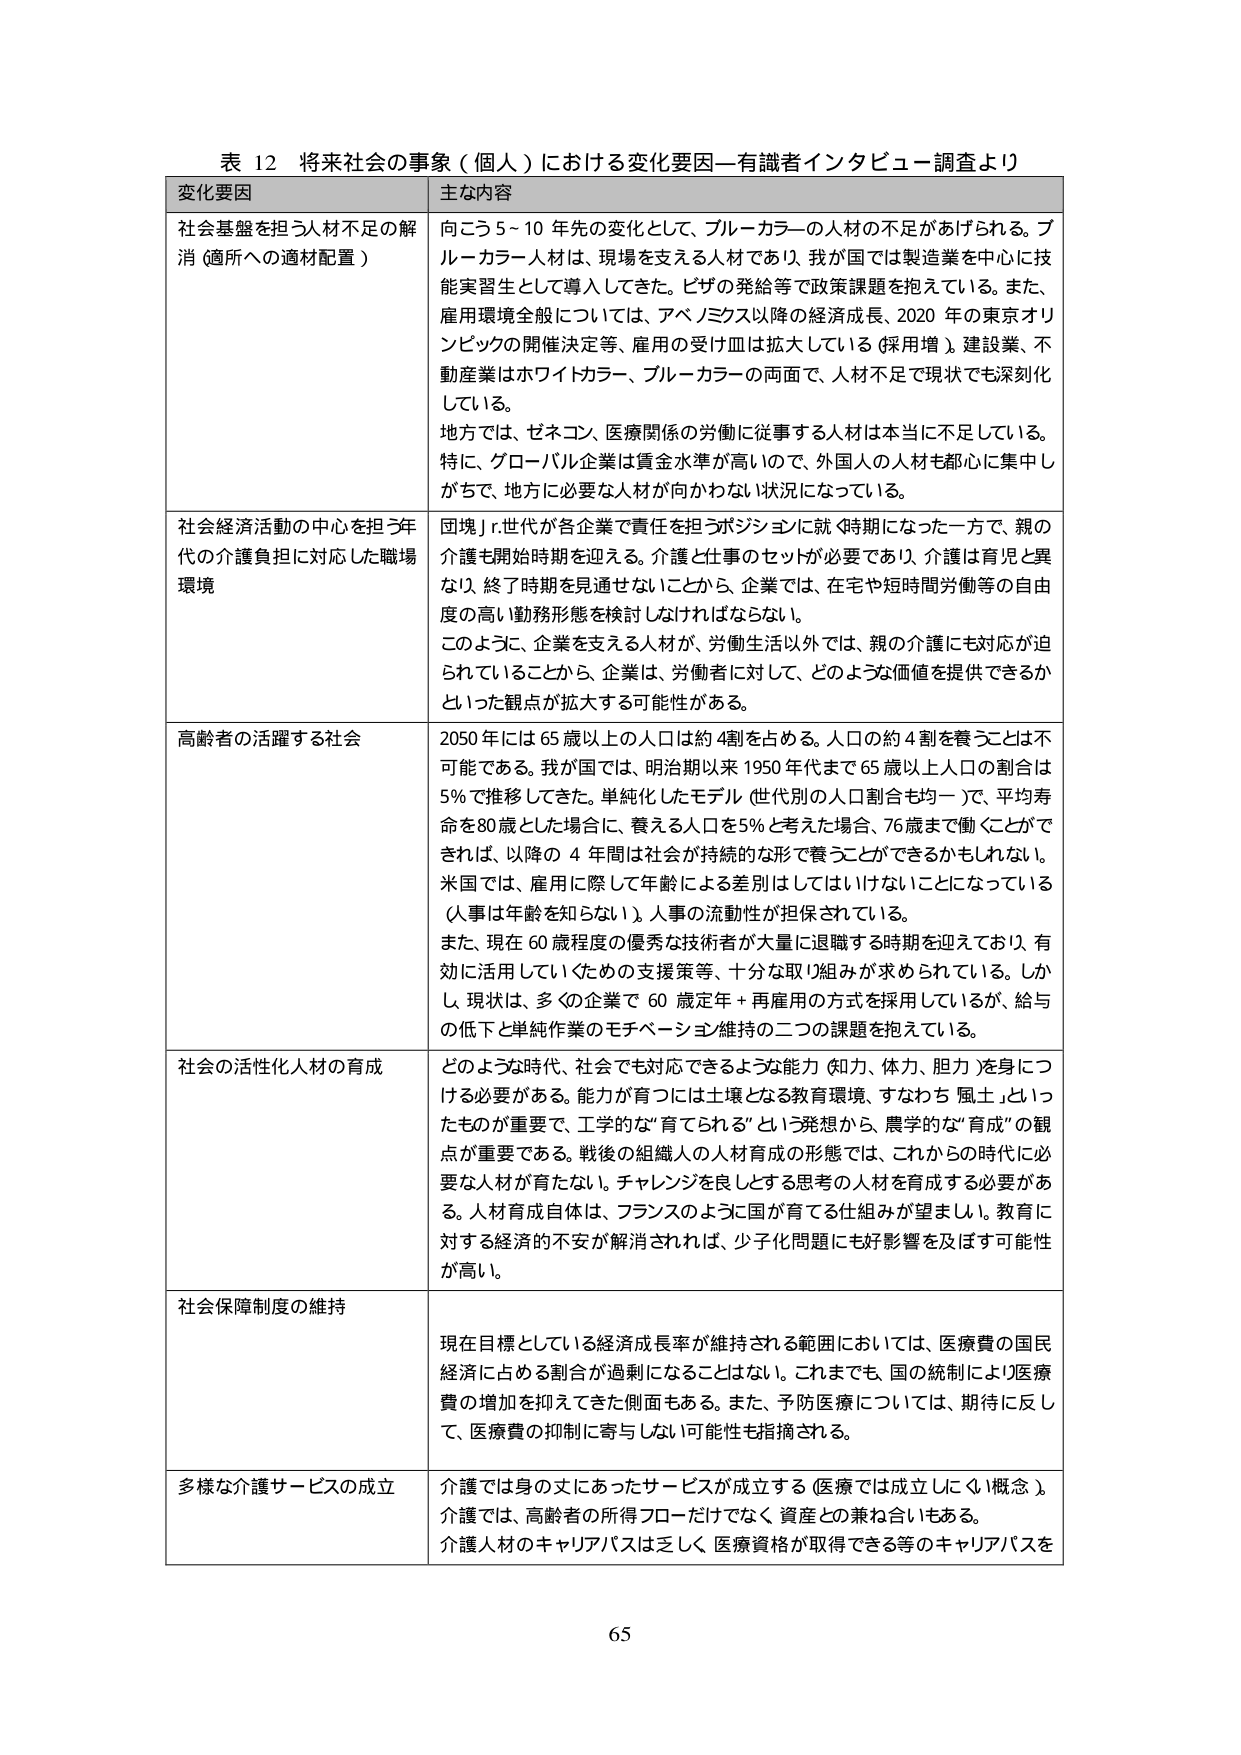
表 12 将来社会の事象（個人）における変化要因—有識者インタビュー調査より

変化要因 主な内容

社会基盤を担う人材不足の解消（適所への適材配置）
向こう5～10年先の変化として、ブルーカラーの人材の不足があげられる。ブルーカラー人材は、現場を支える人材であり、我が国では製造業を中心に技能実習生として導入してきた。ビザの発給等で政策課題を抱えている。また、雇用環境全般については、アベノミクス以降の経済成長、2020年の東京オリンピックの開催決定等、雇用の受け皿は拡大している（採用増）。建設業、不動産業はホワイトカラー、ブルーカラーの両面で、人材不足で現状でも深刻化している。
地方では、ゼネコン、医療関係の労働に従事する人材は本当に不足している。特に、グローバル企業は賃金水準が高いので、外国人の人材も都心に集中しがちで、地方に必要な人材が向かわない状況になっている。

社会経済活動の中心を担う年代の介護負担に対応した職場環境
団塊Jr.世代が各企業で責任を担うポジションに就く時期になった一方で、親の介護も開始時期を迎える。介護と仕事のセットが必要であり、介護は育児と異なり、終了時期を見通せないことから、企業では、在宅や短時間労働等の自由度の高い勤務形態を検討しなければならない。
このように、企業を支える人材が、労働生活以外では、親の介護にも対応が迫られていることから、企業は、労働者に対して、どのような価値を提供できるかといった観点が拡大する可能性がある。

高齢者の活躍する社会
2050年には65歳以上の人口は約4割を占める。人口の約4割を養うことは不可能である。我が国では、明治期以来1950年代まで65歳以上人口の割合は5%で推移してきた。単純化したモデル（世代別の人口割合も同一）で、平均寿命を80歳とした場合に、養える人口を5%と考えた場合、76歳まで働くことができれば、以降の4年間は社会が持続的な形で養うことができるかもしれない。
米国では、雇用に際して年齢による差別はしてはいけないことになっている（人事は年齢を知らない）。人事の流動性が担保されている。
また、現在60歳程度の優秀な技術者が大量に退職する時期を迎えており、有効に活用していくための支援策等、十分な取り組みが求められている。しかし、現状は、多くの企業で60歳定年＋再雇用の方式を採用しているが、給与の低下と単純作業のモチベーション維持の二つの課題を抱えている。

社会の活性化人材の育成
どのような時代、社会でも対応できるような能力（知力、体力、胆力）を身につける必要がある。能力が育つには土壌となる教育環境、すなわち「風土」といったものが重要で、工学的な「育てられる」という発想から、農学的な「育成」の観点が重要である。戦後の組織人の人材育成の形態では、これからの時代に必要な人材が育たない。チャレンジを良しとする思考の人材を育成する必要がある。人材育成自体は、フランスのように国が育てる仕組みが望ましい。教育に対する経済的不安が解消されれば、少子化問題にも好影響を及ぼす可能性が高い。

社会保障制度の維持
現在目標としている経済成長率が維持される範囲においては、医療費の国民経済に占める割合が過剰になることはない。これまでも、国の統制により医療費の増加を抑えてきた側面もある。また、予防医療については、期待に反して、医療費の抑制に寄与しない可能性も指摘される。

多様な介護サービスの成立
介護では身の丈にあったサービスが成立する（医療では成立しにくい概念）。介護では、高齢者の所得フローだけでなく、資産との兼ね合いもある。介護人材のキャリアパスは乏しく、医療資格が取得できる等のキャリアパスを

65